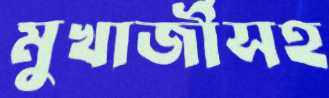
মুখার্জীসহ